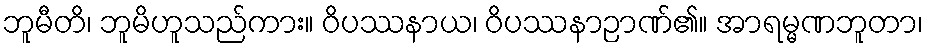
ဘူမီတိ၊ ဘူမိဟူသည်ကား။ ဝိပဿနာယ၊ ဝိပဿနာဉာဏ်၏။ အာရမ္မဏဘူတာ၊